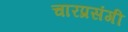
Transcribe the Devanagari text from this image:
चारप्रसंगी